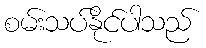
စမ်းသပ်နိုင်ပါသည်